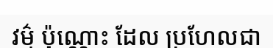
វម៌្ម ប៉ុណ្ណោះ ដែល ប្រហែលជា